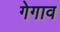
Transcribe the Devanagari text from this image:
गेगाव